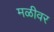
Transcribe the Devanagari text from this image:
मळीवर